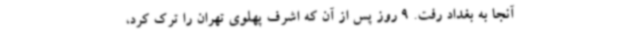
آنجا به بغداد رفت. 9 روز پس از آن که اشرف پهلوی تهران را ترک کرد،